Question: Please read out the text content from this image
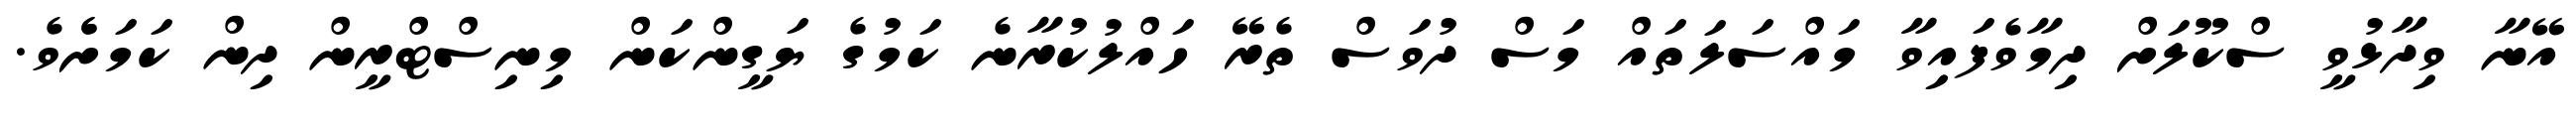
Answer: އޭނާ ވިދާޅުވީ ސްކޫލަށް ދިމާވެފައިވާ މައްސަލަތައް މަސް ދުވަސް ތެރޭ ހައްލުކުރާނެ ކަމުގެ ޔަގީންކަން މިނިސްޓްރީން ދިން ކަމަށެެވެ.